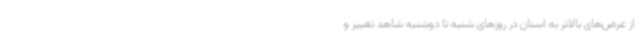
از عرض‌های بالاتر به استان در روزهای شنبه تا دوشنبه شاهد تغییر و